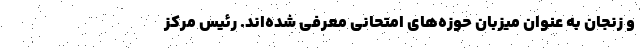
و زنجان به عنوان میزبان حوزه‌های امتحانی معرفی شده‌اند. رئیس مرکز